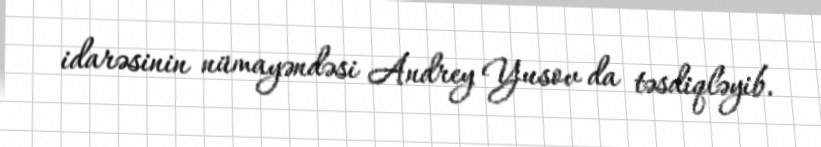
idarəsinin nümayəndəsi Andrey Yusov da təsdiqləyib.